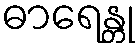
ဓာရေန္တု